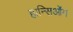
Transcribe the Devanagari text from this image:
हान्सिओंग